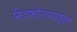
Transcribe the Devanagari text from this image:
मिडफील्डरसंयुक्त